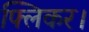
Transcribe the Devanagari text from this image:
फ्लिकर।